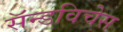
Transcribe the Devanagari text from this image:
सॅन्डविचेस